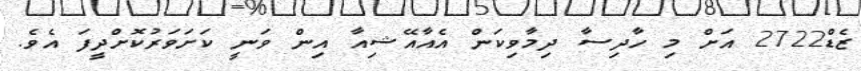
ޒެޑް2722 އަށް މި ހާދިސާ ދިމާވިކަން އެއާއޭޝިއާ އިން ވަނީ ކަށަވަރުކޮށްދީފަ އެވެ.